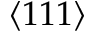
\langle 1 1 1 \rangle